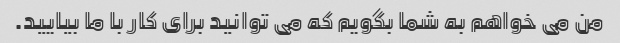
من می خواهم به شما بگویم که می توانید برای کار با ما بیایید.